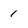
Character: 1